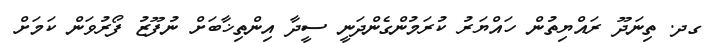
ގދ. ތިނަދޫ ރައްޔިތުން ހައްޔަރު ކުރަމުންގެންދަނީ ސީދާ އިންތިޚާބަށް ނުފޫޒު ފޯރުވަން ކަމަށް